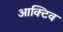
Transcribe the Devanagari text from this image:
आक्टिव